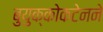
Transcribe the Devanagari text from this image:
बुयुक्कोकटेनने